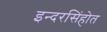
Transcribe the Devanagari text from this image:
इन्दरसिंहोत